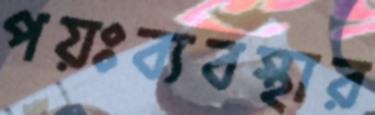
পয়ঃব্যবস্থার